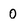
Character: 0